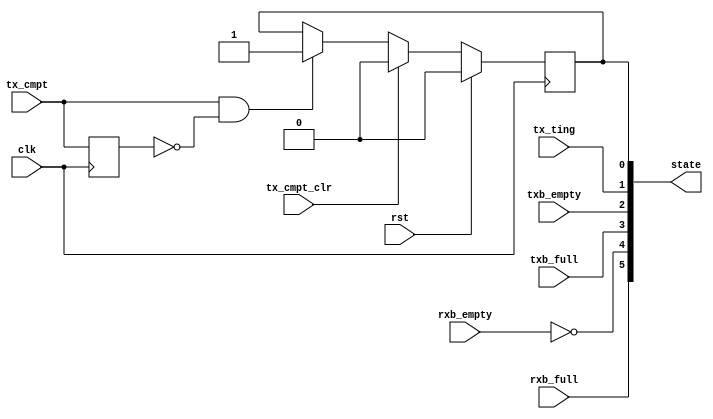
`timescale 1ns / 1ps
//////////////////////////////////////////////////////////////////////////////////
// Company:
// Engineer:
//
// Design Name:
// Module Name: Tc_PL_bus_state
// Project Name:
// Target Devices:
// Tool Versions:
// Description:
//
// Dependencies:
//
// Revision:
// Revision 0.01 - File Created
// Additional Comments:
//
//////////////////////////////////////////////////////////////////////////////////


module Tc_PL_bus_state(
input                     clk         ,
input                     rst         ,
input                     tx_ting     ,
input                     tx_cmpt     ,
input                     tx_cmpt_clr ,
input                     txb_empty   ,
input                     txb_full    ,
input                     rxb_empty   ,
input                     rxb_full    ,
output  [5:0]             state
    );

reg l_tx_cmpt=0;
reg t_tx_cmpt=0;
always@(posedge clk)begin
	if(rst)begin
		t_tx_cmpt <= 0;
	end else begin
		if(tx_cmpt_clr)begin
			t_tx_cmpt <= 0;
		end else if(tx_cmpt&(!l_tx_cmpt))begin
			t_tx_cmpt <= 1;
		end
	end
	l_tx_cmpt <= tx_cmpt;
end

assign state = {rxb_full,!rxb_empty,txb_full,txb_empty,tx_ting,t_tx_cmpt};

endmodule